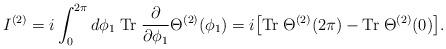
LaTeX: \begin{align*}I^{(2)}=i\int_0^{2\pi}d\phi_1\; {\rm Tr}\;\frac{\partial}{\partial\phi_1}\Theta^{(2)}(\phi_1)=i\big[{\rm Tr}\;\Theta^{(2)}(2\pi)-{\rm Tr}\;\Theta^{(2)}(0)\big].\end{align*}